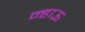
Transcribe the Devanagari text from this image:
न्हाऊ